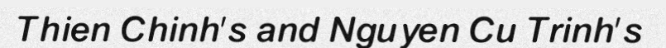
Thien Chinh's and Nguyen Cu Trinh's